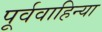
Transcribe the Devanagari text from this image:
पूर्ववाहिन्या